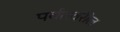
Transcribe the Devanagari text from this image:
पर्वतवरील